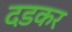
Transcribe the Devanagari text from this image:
दडकर